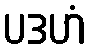
ပဒဟံ